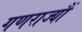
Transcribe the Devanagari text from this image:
गणराज्यौं